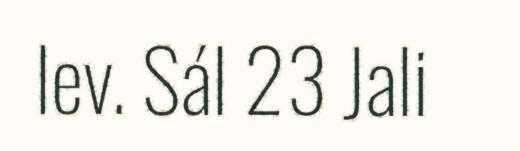
lev. Sál 23 Jali